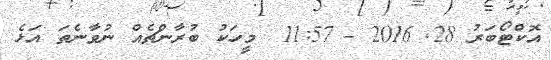
އޮކްޓޯބަރު 28